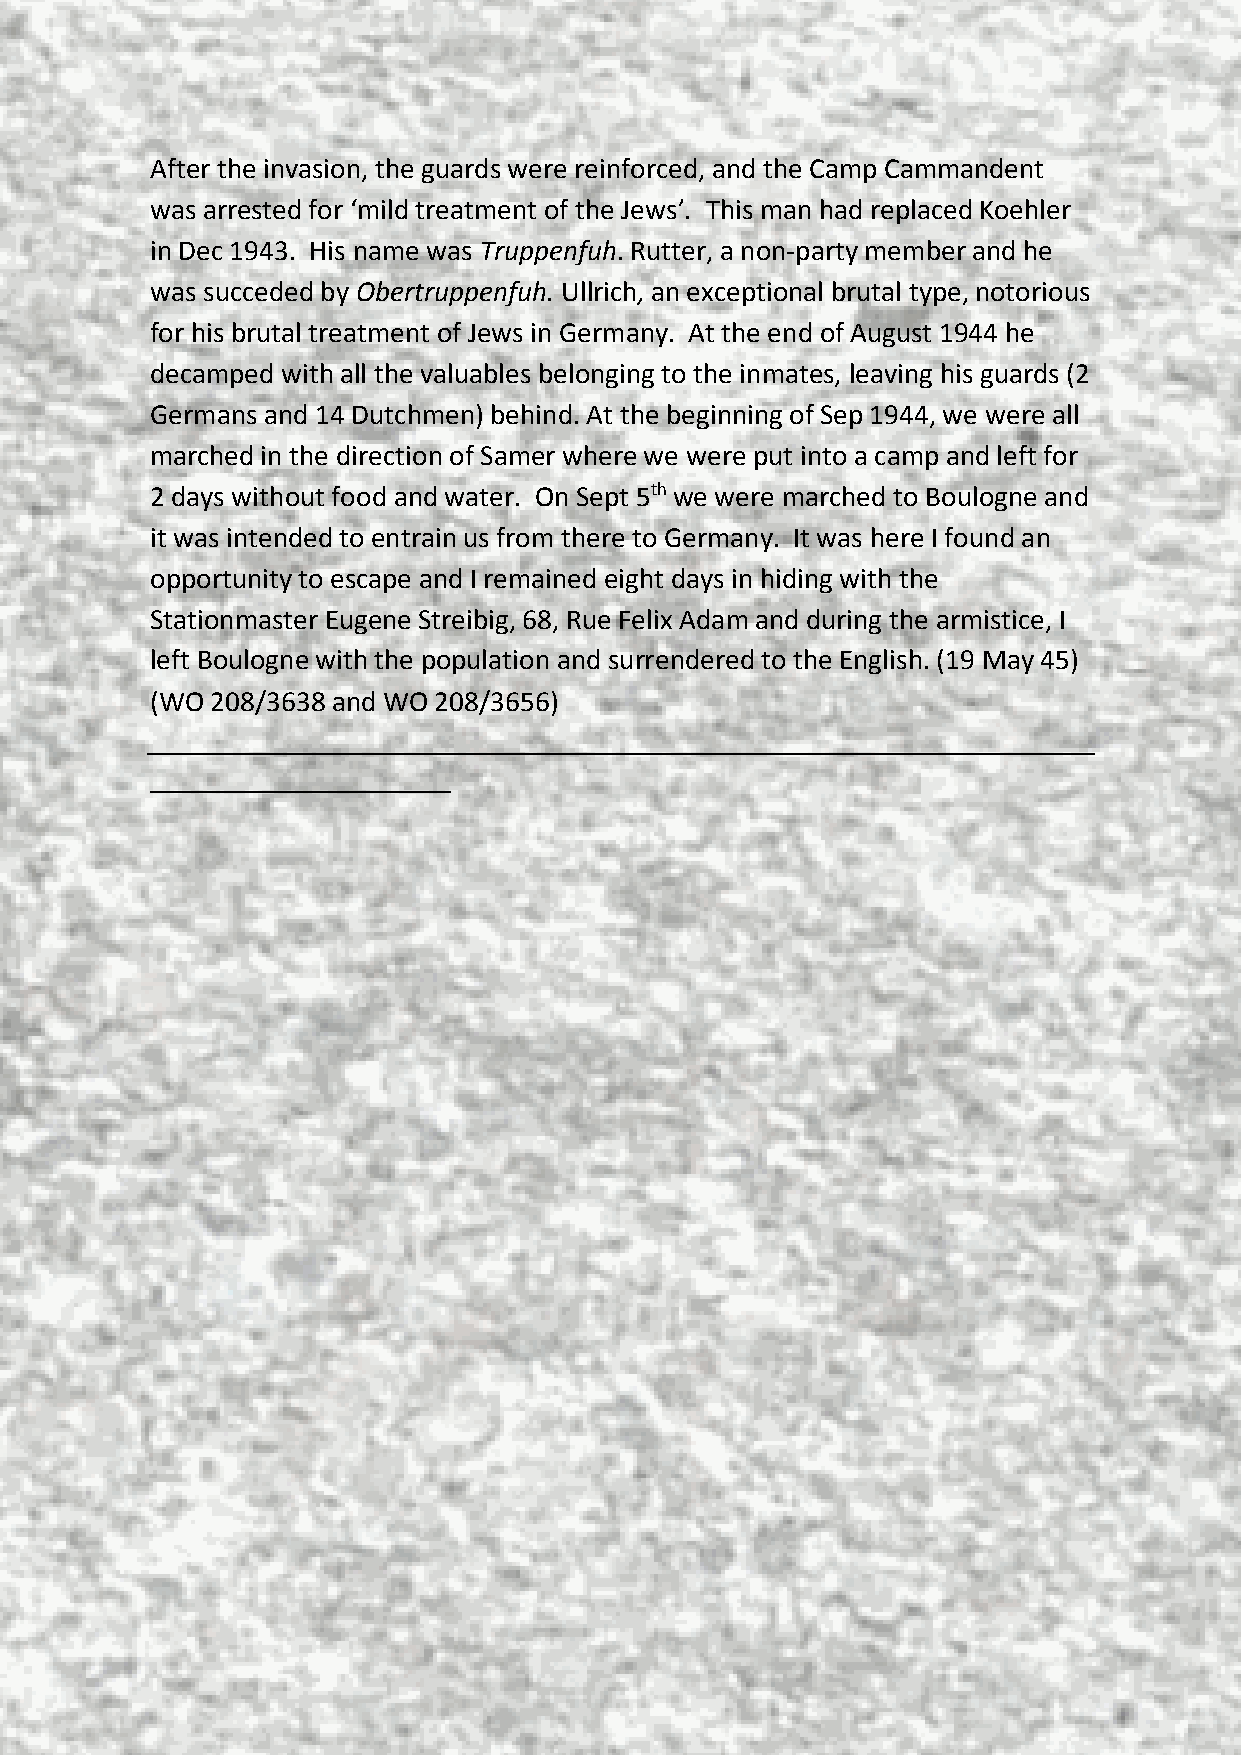
After the invasion, the guards were reinforced, and the Camp Cammandent
 was arrested for ‘mild treatment of the Jews’. This man had replaced Koehler
 in Dec 1943. His name was Truppenfuh. Rutter, a non-party member and he
 was succeded by Obertruppenfuh. Ullrich, an exceptional brutal type, notorious
 for his brutal treatment of Jews in Germany. At the end of August 1944 he
 decamped with all the valuables belonging to the inmates, leaving his guards (2
 Germans and 14 Dutchmen) behind. At the beginning of Sep 1944, we were all
 marched in the direction of Samer where we were put into a camp and left for
 2 days without food and water. On Sept 5th we were marched to Boulogne and
 it was intended to entrain us from there to Germany. It was here I found an
 opportunity to escape and I remained eight days in hiding with the
 Stationmaster Eugene Streibig, 68, Rue Felix Adam and during the armistice, I
 left Boulogne with the population and surrendered to the English. (19 May 45)
 (WO 208/3638 and WO 208/3656)